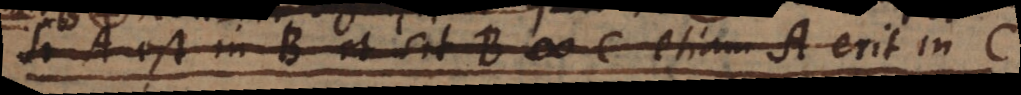
si A est in B et B est in C etiam A est in C